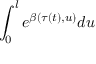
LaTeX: \int _ { 0 } ^ { l } e ^ { \beta ( \tau ( t ) , u ) } d u